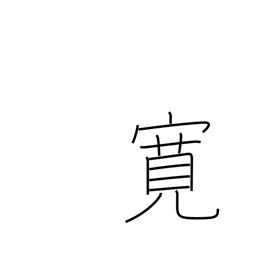
Meaning: broadminded